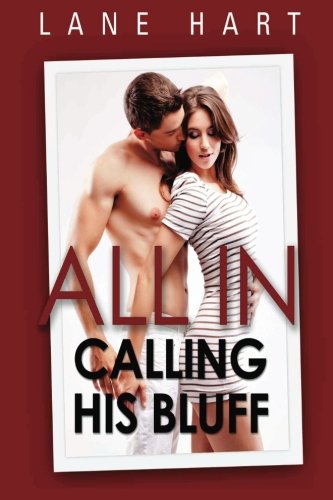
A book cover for All In: Calling His Bluff (Gambling with Love); Lane Hart; Romance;